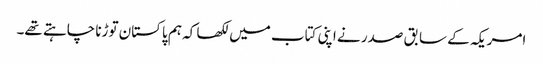
امریکہ کے سابق صدر نے اپنی کتاب میں لکھا کہ ہم پاکستان توڑنا چاہتے تھے۔